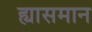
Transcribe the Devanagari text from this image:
ह्यासमान